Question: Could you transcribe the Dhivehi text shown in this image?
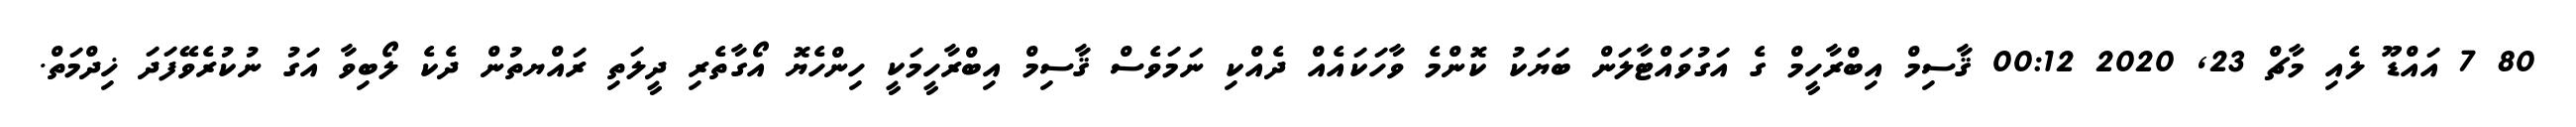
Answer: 80 7 އައްޑޫ ލެއި މާޗް 23, 2020 00:12 ޤާސިމް އިބްރާހީމް ގެ އަގުވައްޓާލަން ބަޔަކު ކޮންމެ ވާހަކައެއް ދެއްކި ނަމަވެސް ޤާސިމް އިބްރާހީމަކީ ހިންހެޔޮ އޯގާތެރި ދީލަތި ރައްޔތުން ދެކެ ލޯބިވާ އަގު ނުކުރެވޭފަދަ ޚިދްމަތް.